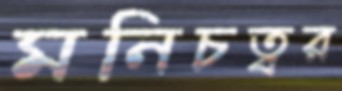
মনিচত্বর